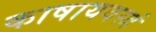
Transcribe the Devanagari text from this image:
काषायवस्त्रं